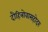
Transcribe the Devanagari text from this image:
दौहित्रोवासहोदरः